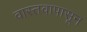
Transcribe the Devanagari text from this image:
वास्तवापासून